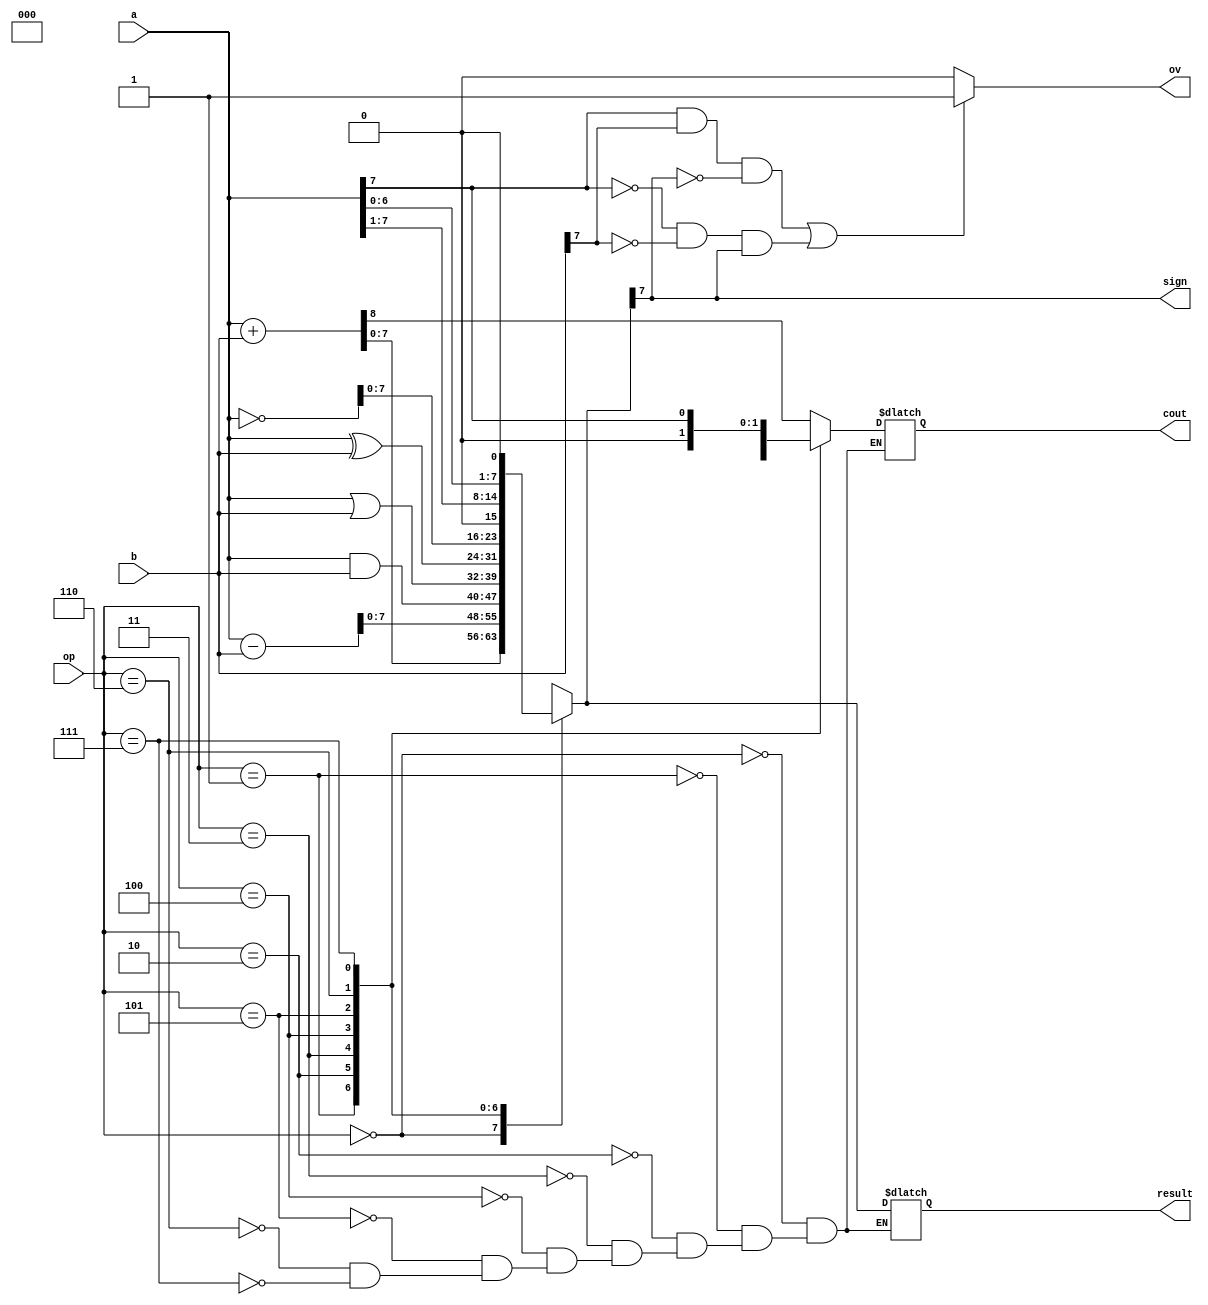
module alu
    #(parameter SIZE=8)
    (
    input [3:0] op,
    input [SIZE-1:0] a,
    input [SIZE-1:0] b,
    output reg [SIZE-1:0] result,
    output reg cout,
    output reg ov,
    output reg sign
    );

    always @(*) begin
        // if(input1[SIZE-1]==1){
        //     reg [SIZE-1:0] a = -(~input1[SIZE-1:0]+1);
        // }
        // if(input2[SIZE-1]==1){
        //     reg [SIZE-1:0] b = -(~input2[SIZE-1:0]+1);
        // }
        // reg [SIZE-1:0] a,
        // reg [SIZE-1:0] b,
        // a=input1;
        // b=input2;
        case (op)
            0: {cout, result} = a + b;
            1: {cout, result} = a - b;
            2: {cout, result} = a & b;
            3: {cout, result} = a | b;
            4: {cout, result} = a ^ b;
            5: {cout, result} = ~ a;
            6: {cout, result} = a >> 1;
            7: {cout, result} = a << 1;
        endcase

        if((a[SIZE-1]==1 && b[SIZE-1]==1 && result[SIZE-1]==0) || (a[SIZE-1]==0 && b[SIZE-1]==0 && result[SIZE-1]==1)) begin
            ov=1;
        end
        else begin
            ov=0;
        end

        sign=result[SIZE-1];
        
    end
endmodule